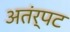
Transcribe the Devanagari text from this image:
अतंर्पट